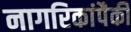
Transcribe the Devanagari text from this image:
नागरिकांपैकी